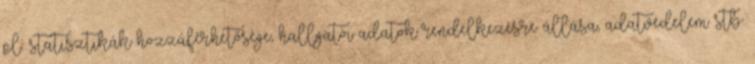
pl.: statisztikák hozzáférhetősége, hallgatói adatok rendelkezésre állása, adatvédelem stb.